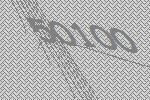
50100